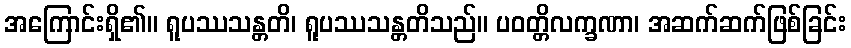
အကြောင်းရှိ၏။ ရူပဿသန္တတိ၊ ရူပဿသန္တတိသည်။ ပဝတ္တိလက္ခဏာ၊ အဆက်ဆက်ဖြစ်ခြင်း